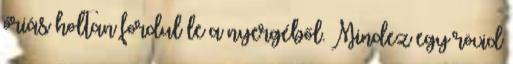
óriás holtan fordul le a nyergéből. Mindez egy rövid